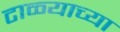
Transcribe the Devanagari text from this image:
टाळ्याच्या